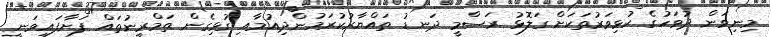
މިނިވަން ދުވަހުގެ ކުޅިވަރުތަކަށް ގަލޮޅު ރަސްމީ ދަނޑު ތައްޔާރުކުރަމުންދިއުމާއި ގުޅިގެން ތަމްރީނުތައް ފަށާފައިވަނީ